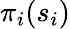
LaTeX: \pi_{i}(s_{i})